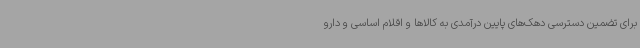
برای تضمین دسترسی دهک‌های پایین درآمدی به کالاها و اقلام اساسی و دارو